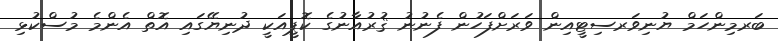
ބަރމިންހަމް ޔުނިވަރސިޓީއިން ވަރަށްފަހުން ފެނުނު ޤުރުއާނުގެ ކޮޕީއަކީ ދުނިޔޭގައި އޮތް އެންމެ މުސްކުޅި